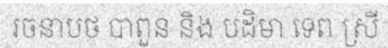
រចនាបថ បាពួន និង បដិមា ទេព ស្រី